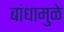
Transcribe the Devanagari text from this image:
बांधामुळे